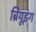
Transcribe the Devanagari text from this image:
ब्रियूइंग